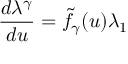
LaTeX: \frac { d \lambda ^ { \gamma } } { d u } = { \tilde { f } } _ { \gamma } ( u ) \lambda _ { 1 }